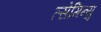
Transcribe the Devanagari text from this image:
त्सेमिन्यु